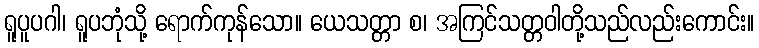
ရူပူပဂါ၊ ရူပဘုံသို့ ရောက်ကုန်သော။ ယေသတ္တာ စ၊ အကြင်သတ္တဝါတို့သည်လည်းကောင်း။